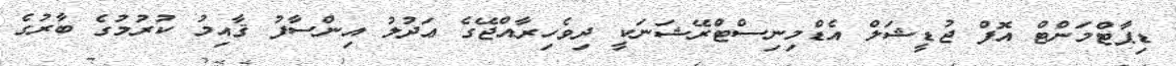
ޑިޕާޓްމަންޓް އޮފް ޖުޑީޝަލް އެޑްމިނިސްޓްރޭޝަނަކީ ދިވެހިރާއްޖޭގެ ޢަދުލު އިންސާފު ޤާއިމު ކުރުމުގެ ބާރުގެ